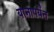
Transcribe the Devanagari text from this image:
यानापर्यंत